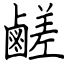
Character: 鹺